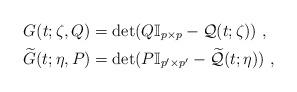
LaTeX: \begin{align*}G(t;\zeta,Q)&=\det(Q\mathbb{I}_{p\times p}-\mathcal{Q}(t;\zeta))\ ,\\\widetilde{G}(t;\eta,P)&=\det(P\mathbb{I}_{p'\times p'}-\widetilde{\mathcal{Q}}(t;\eta))\ ,\end{align*}